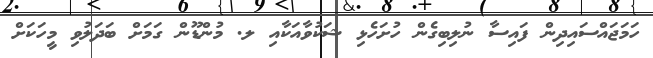
ހަމަޖައްސައިދިން ފައިސާ ނުލިބިގެން ހުށަހެޅި ޝަކުވާއަކާއި ލ. މުންޑޫން ގަމަށް ބަދަލުވި މީހަކަށް